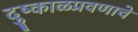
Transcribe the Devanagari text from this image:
दुष्काळप्रवणाचे